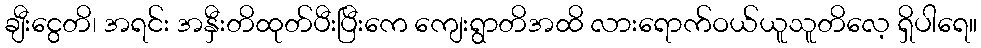
ချီးငွေတိ၊ အရင်း အနှီးတိထုတ်ပီးပြီးကေ ကျေးရွာတိအထိ လားရောက်ဝယ်ယူသူတိလေ့ ရှိပါရေ။